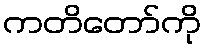
ကတိတော်ကို